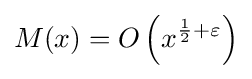
M(x)=O\left(x^{{\frac {1}{2}}+\varepsilon }\right)